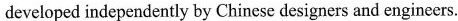
developed independently by Chincse designers and engineers.